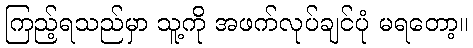
ကြည့်ရသည်မှာ သူ့ကို အဖက်လုပ်ချင်ပုံ မရတော့။